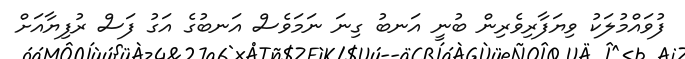
ފުވައްމުލަކު ވިޔަފާރިވެރިން ބުނީ އަނބު ގިނަ ނަމަވެސް އަނބުގެ އަގު ފަސް ރުފިޔާއަށް